Memorandum on the prevention of leprosy by segregation of the affected
Disease focus: Leprosy
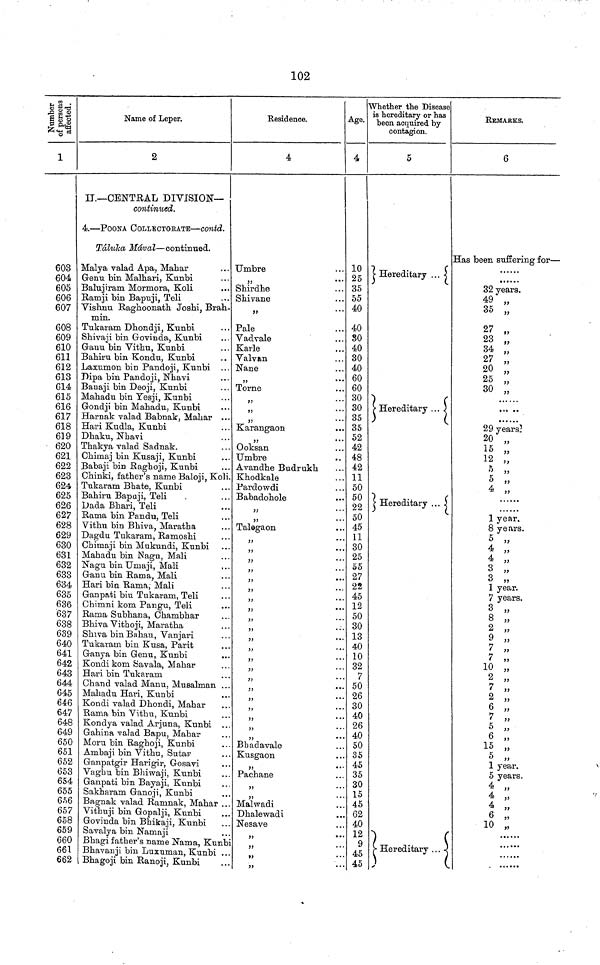
102
Numbers of persons affected.
1
603
604
605
606
607
608
609
610
611
612
613
614
615
616
617
618
619
620
621
622
623
624
625
626
627
628
629
630
631
632
633
634
635
636
637
638
639
640
641
642
643
644
645
646
647
648
649
650
651
652
653
654
655
656
657
658
659
660
661
662
Name of Leper.
2
II.—CENTRAL DIVISION—
continued.
4.—POONA COLLECTORATE—Contd.
Táluka Mával—continued.
Malya valad Apa, Mahar
Genu bin Malhari, Kunbi
Balujiram Mormora, Koli
Ramji bin Bapuji, Teli
Vishnu Raghoonath Joshi, Brah-
min.
Tukaram Dhondji, Kunbi
Shivaji bin Govinda, Kunbi
Ganu bin Vithu, Kunbi
Bahiru bin Kondu, Kunbi
Laxumon bin Pandoji, Kunbi ...
Dipa bin Pandoji, Nhavi
Bauaji bin Deoji, Kunbi
Mahadu bin Yesji, Kunbi
Gondji bin Mahadu, Kunbi
Harnak valad Babnak, Mahar ...
Hari Kudla, Kunbi
Dhaku, Nhavi
Thakya valad Sadnak.
Chimaj bin Kusaji, Kunbi
Babaji bin Raghoji, Kunbi
Chinki, father's name Baloji, Koli
Tukaram Bhate, Kunbi
Bahiru Bapuji, Teli
Dada Bhari, Teli
Rama bin Pandu, Teli
Vithu bin Bhiva, Maratha
Dagdu Tukaram, Ramoshi
Chimaji bin Mukundi, Kunbi
Mahadu bin Nagu, Mali
Nagu bin Umaji, Mali
Ganu bin Rama, Mali
Hari bin Rama; Mali
Ganpati biu Tukaram, Teli
Chimni kom Pangu, Teli
Rama Subhana, Chambhar
Bhiva Vithoji, Maratha
Shiva bin Bahau, Vanjari
Tukaram bin Kusa, Parit
Ganya bin Genu, Kunbi
Kondi kom Savala, Mahar
Hari bin Tukaram
Chand valad Manu, Musalman ..
Mahadu Hari, Kunbi
Kondi valad Dhondi, Mahar
Rama bin Vithu, Kunbi
Kondya valad Arjuna, Kunbi ..
Gahina valad Bapu, Mahar
Moru bin Raghoji, Kunbi
Ambaji bin Vithu, Sutar
Ganpatgir Harigir, Gosavi
Vaghu bin Bhiwaji, Kunbi
Ganpati bin Bayaji, Kunbi
Sakharam Ganoji, Kunbi
Bagnak valad Ramnak, Mahar ..
Vithuji bin Gopalji, Kunbi
Govinda bin Bhikaji, Kunbi
Savalya bin Namaji
Bhagi father's name Nama, Kunbi
Bhavanji bin Luxuman, Kunbi ..
Bhagoji bin Ranoji, Kunbi
Residence.
4
Umbre
„
Shirdhe
Shivane
„
Pale
Vadvale
Karle
Valvan
Nane
,,
...
Torne
„
,,
...
,,
...
Karangaon
...
Ooksan
Umbre
Avandhe Budrukh
Khodkale
Pardowdi
Babadohole
Talega on
„
„
„
))
* *
„
„
„
„
„
„
„
„
Bhadavale
Kusgaon
„
Pachane
„
Malwadi
Dhalewadi
Nesave
„
„
Age.
4
10
25
35
55
40
40
80
40
30
40
60
60
30
30
35
35
52
42
48
42
11
50
50
22
50
45
11
30
25
55
27
22
45
12
50
30
13
40
10
32
7
50
26
30
40
26
40
50
35
45
35
30
15
45
62
40
12
9
45
45
Whether the Disease
is hereditary or has
been acquired by
contagion.
5
Hereditary
Hereditary
Hereditary
Hereditary
REMARKS.
6
Has been suffering for—
......
32 years.
49 „
35 „
27 „
23 „
34 „
27 „
20 „
25 „
30 „
29 years.
15 „
12 „
5 „
5 „
4 „
1 year,
8 years.
5 „
4 „
4 „
3 „
3 „
77
1 year.
7 years.
3 „
8 „
2 „
9 „
7 „
7 „
10 „
2 „
7 „
2 „
6 „
7 „
5 „
6 „
15 „
5 „
1 year.
5 years.
4 „
4 „
4 „
6 „
10 „